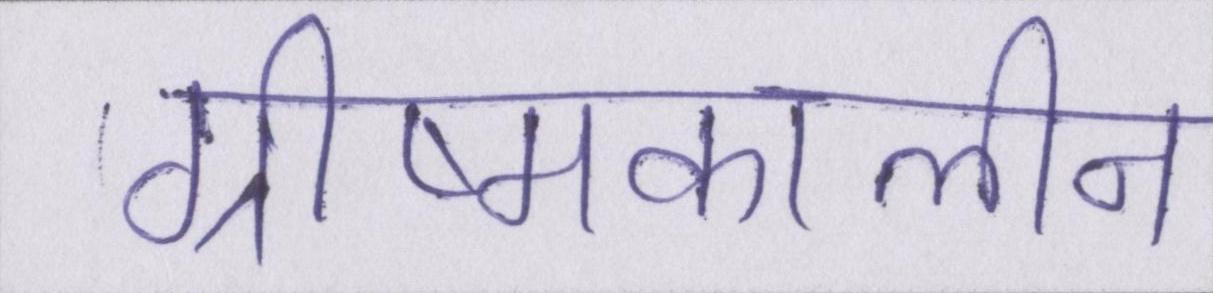
ग्रीष्मकालीन